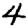
Digit: 4